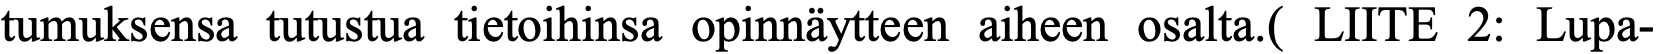
tumuksensa tutustua tietoihinsa opinnäytteen aiheen osalta.( LIITE 2: Lupa-